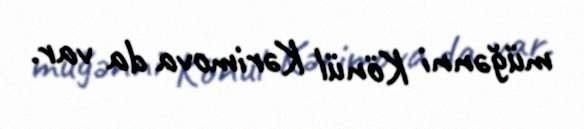
müğənni Könül Kərimova da var.